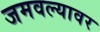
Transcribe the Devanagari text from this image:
जमवल्यावर